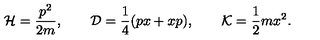
{ \cal H } = \frac { p ^ { 2 } } { 2 m } , \qquad { \cal D } = \frac { 1 } { 4 } ( p x + x p ) , \qquad { \cal K } = \frac { 1 } { 2 } m x ^ { 2 } .